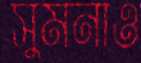
সুমনাও